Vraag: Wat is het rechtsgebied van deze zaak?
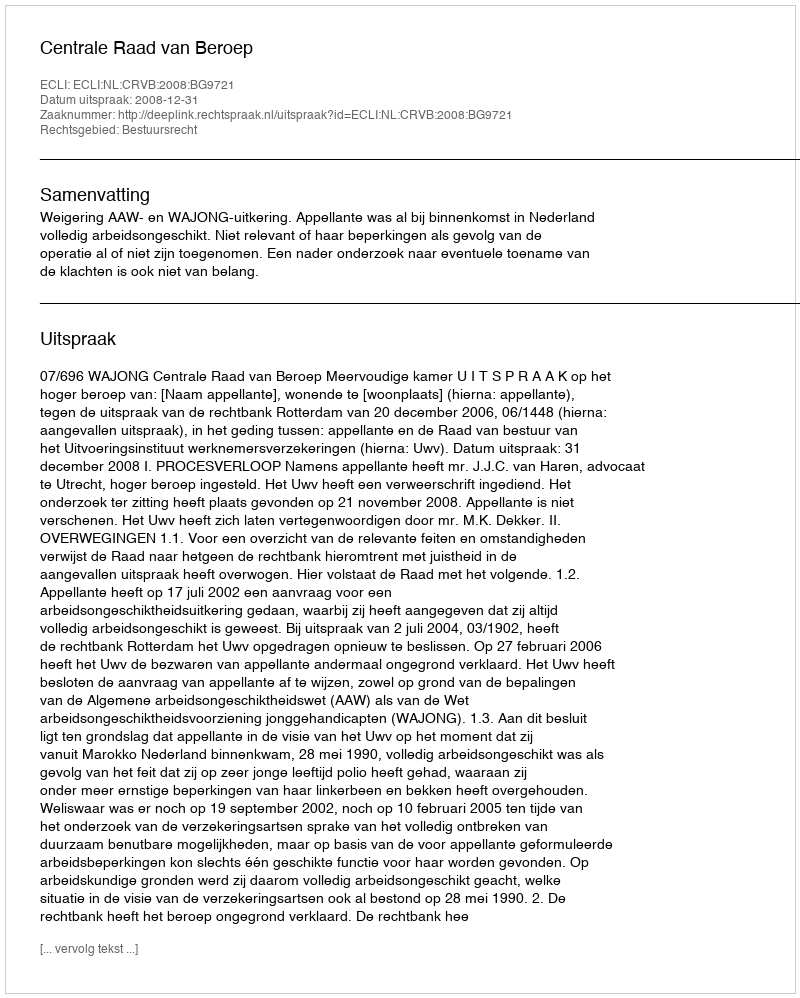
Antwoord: Bestuursrecht